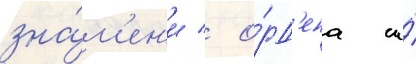
зна́м'ен'и / о́рд'ена и́